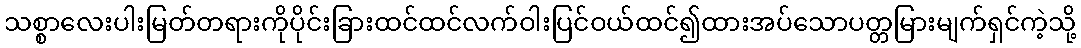
သစ္စာလေးပါးမြတ်တရားကိုပိုင်းခြားထင်ထင်လက်ဝါးပြင်ဝယ်ထင်၍ထားအပ်သောပတ္တမြားမျက်ရှင်ကဲ့သို့